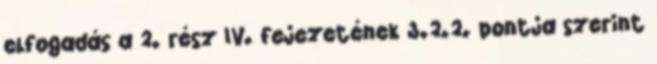
elfogadás a 2. rész IV. fejezetének 3.2.2. pontja szerint